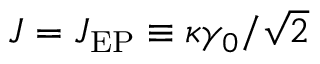
J = J _ { \mathrm { E P } } \equiv \kappa \gamma _ { 0 } / \sqrt { 2 }